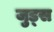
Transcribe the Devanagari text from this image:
जुड्स